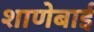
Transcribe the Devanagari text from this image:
शाणेबाई